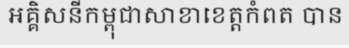
អគ្គិសនីកម្ពុជាសាខាខេត្តកំពត បាន